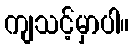
ကျသင့်မှာပါ။